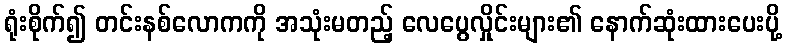
ရုံးစိုက်၍ တင်းနစ်လောကကို အသုံးမတည့် လေပွေလှိုင်းများ၏ နောက်ဆုံးထားပေးပို့